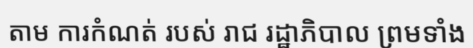
តាម ការកំណត់ របស់ រាជ រដ្ឋាភិបាល ព្រមទាំង